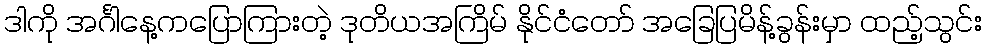
ဒါကို အင်္ဂါနေ့ကပြောကြားတဲ့ ဒုတိယအကြိမ် နိုင်ငံတော် အခြေပြမိန့်ခွန်းမှာ ထည့်သွင်း